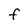
Character: F